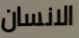
الانسان